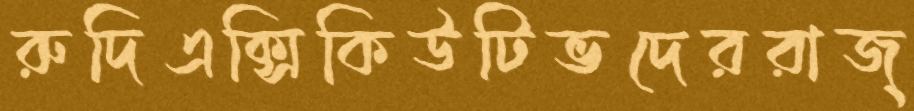
রুদিএক্সিকিউটিভদেররাজ্